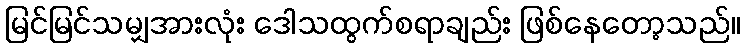
မြင်မြင်သမျှအားလုံး ဒေါသထွက်စရာချည်း ဖြစ်နေတော့သည်။